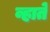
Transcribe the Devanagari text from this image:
व्हाते